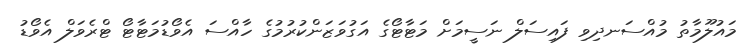
މައުލޫމާތު މުއްސަނދިވި ފައިސަލް ނަސީމަށް މަޓާޓޯގެ އަގުވަޒަންކުރުމުގެ ހާއްސަ އެވޯޑުމަޓާޓޯ ޓްރެވަލް އެވޯޑު